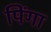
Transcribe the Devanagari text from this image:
पिंगा